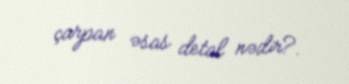
çarpan əsas detal nədir?.